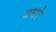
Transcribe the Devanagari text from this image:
बघरे